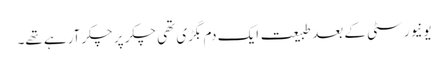
یونیورسٹی کے بعد طبیعت ایک دم بگڑی تھی چکر پر چکر آرہے تھے۔